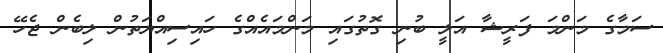
ސަމާގެ މަންމަ ފަރީޝާ އަލީ ބުނި ގޮތުގައި މަންމައެއްގެ ހައިސިއްޔަތުން ލިބެން ޖެހޭ